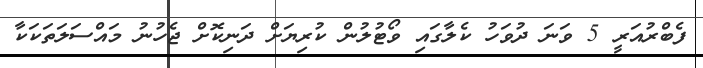
ފެބްރުއަރީ 5 ވަނަ ދުވަހު ކެލާގައި ވޯޓުލުން ކުރިޔަށް ދަނިކޮށް ޖެހުނު މައްސަލަތަކަކާ